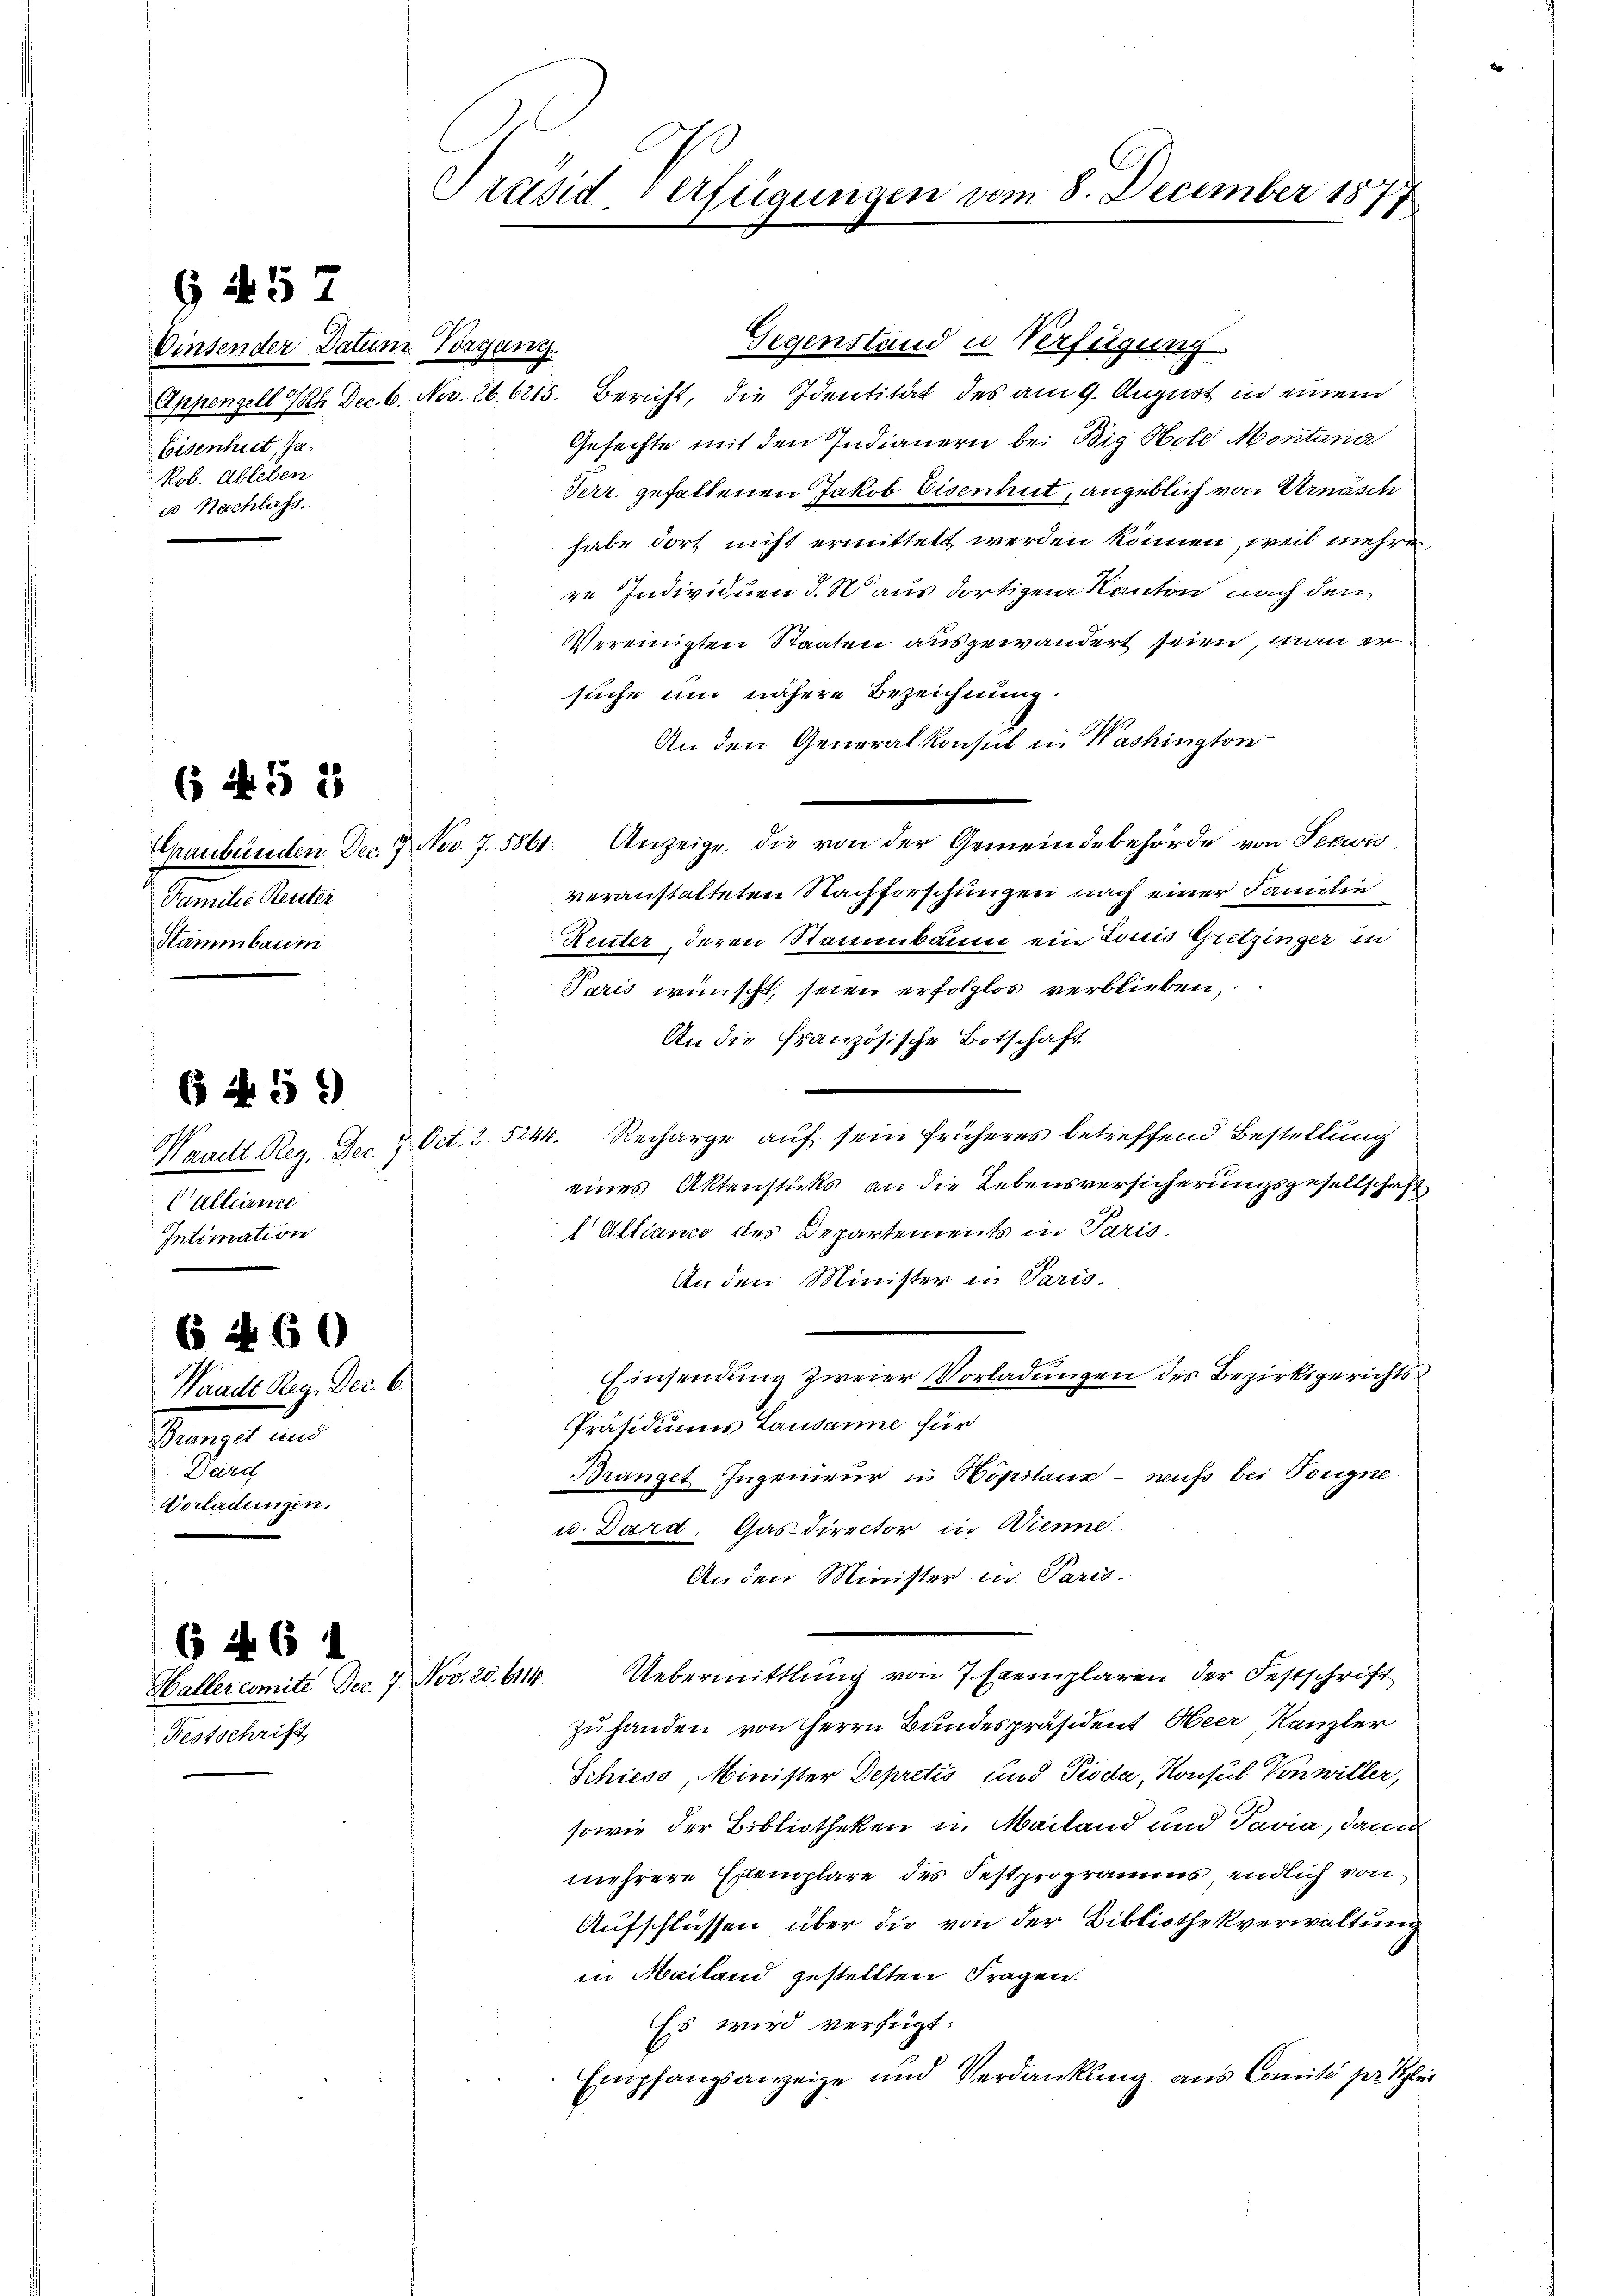
G 157

Vinsender Datum Vorgang
Eisenhut, Ja.
Rob. Ableben
u Nachlass

( N. 52

Familie Reuten
Stammbaum

B 459)

Callian
Intimation

6 460

Waadt Reg. Dec. 6.
Branget und
Deirch
Vorladungen.

546

Präsid-Verfügungen vom 8. December 1877

Gegenstand u Verfügung
Appenzell Th. Dec. 6. Nov. 26. 6215. Bericht, die Identität des am 9. August in einem
Gefechte mit den Indianern bei Big Hole Montana
Verr. gefallenen Jakob Eisenhut, angeblich von Arnäsch
habe dort nicht ermittelt werden können, weil mehren
re Individuen d. M aus dortigem Kanton nach den
Vereinigten Staaten ausgewandert seien, man er
suche und nähere Bezeichnung.
An den Generalkonsul in Washington
Graubünden Dec. 7. Nov. 7. 5861. Anzeige, die von der Gemeindebehörde von Seewis
veranstalteten Nachforschungen nach einer Familie
Reuter, deren Stammbaum ein Louis Gritzinger in
Paris wünscht, seien erfolglos verblieben,
An die Französische Botschaft
Waadt Reg. Dec. 7 Oct. 2. 5244. Recharge auf sein früheres betreffend Bestellung
eines Aktenstücks an die Lebensversicherungsgesellschaft
l Alliance des Departements in Paris.
An den Minister in Paris.
Einsendung zweier Vorladungen des Bezirksgerichts
Präsidiums Lausanne für
Branget Ingenieur in Höpilanz - muss bei Tougne
u. Dard, Gasdirector in Wienne.
An den Minister in Paris-
Uebermittlung von 7 Exemplaren der Festschrift
zuhanden von Herrn Bundespräsident Heer, Kanzler
Schiess, Minister Depretio und Pioda, Konsul Vonwiller,
sowie der Bibliotheken in Mailand und Pavia, dann
mehrere Exemplare des Festprogramms, endlich von
Aufschlüssen über die von der Bibliothekverwaltung
in Mailand gestellten Fragen.
Es wird verfügt:
Empfangsanzeige und Verdankŭng aus Comité per lei

Haller comite Dec. 7. Nov. 20. 6114.
Festschrift